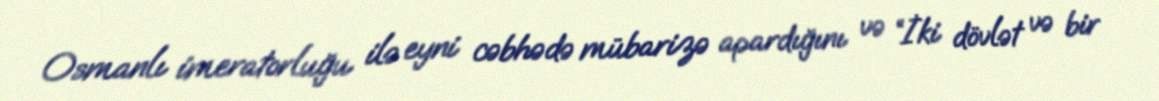
Osmanlı imeratorluğu ilə eyni cəbhədə mübarizə apardığını və “İki dövlət və bir